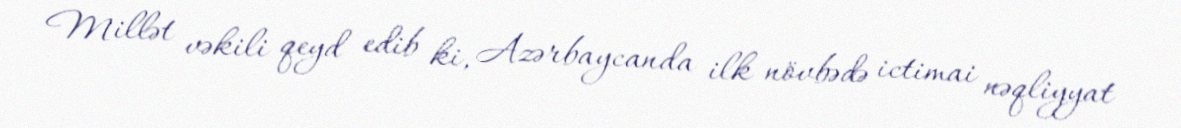
Millət vəkili qeyd edib ki, Azərbaycanda ilk növbədə ictimai nəqliyyat